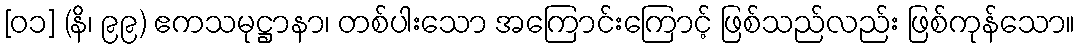
[၀၁] (နိ၊ ၉၉) ဧကသမုဋ္ဌာနာ၊ တစ်ပါးသော အကြောင်းကြောင့် ဖြစ်သည်လည်း ဖြစ်ကုန်သော။